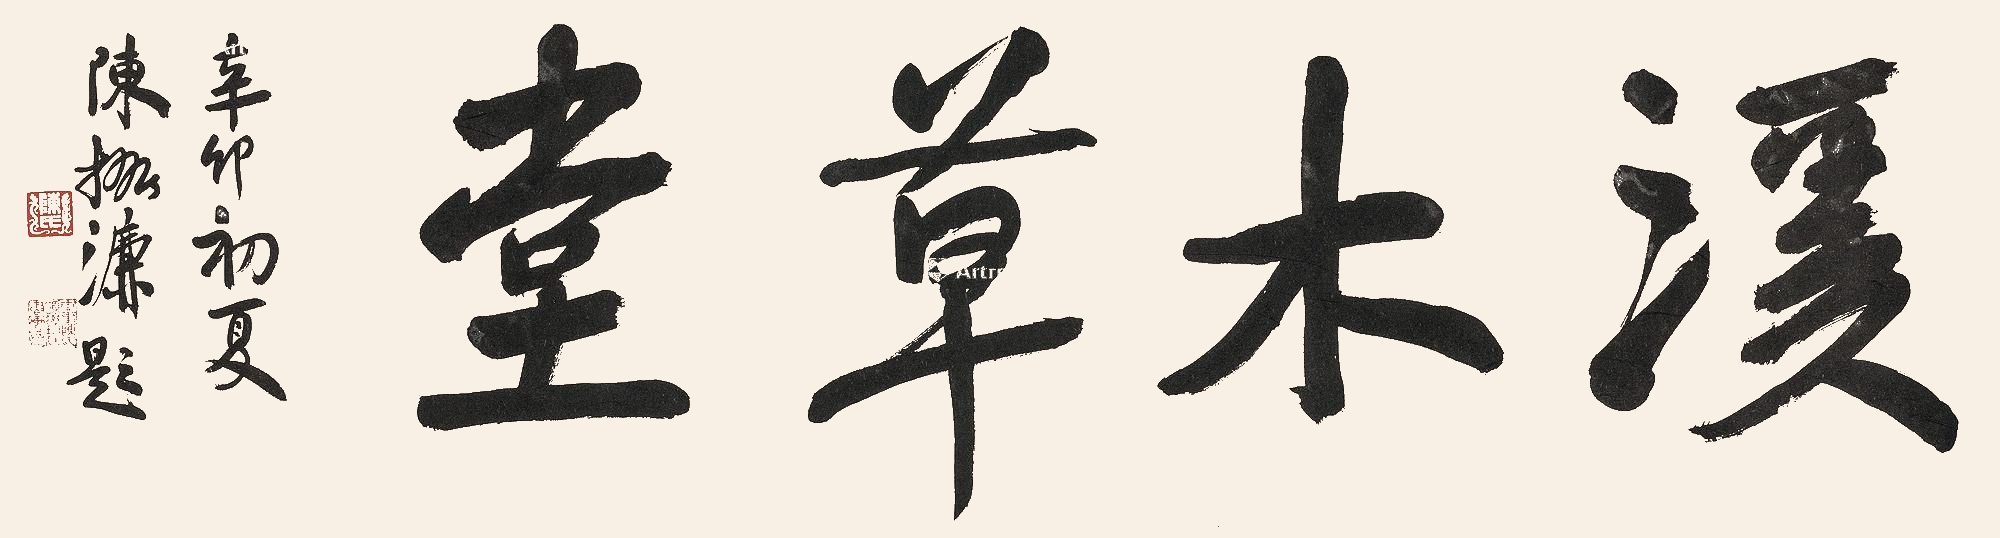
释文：溪木草堂辛卯初夏，陈振濂题。